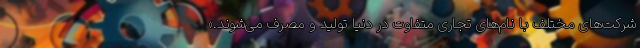
شرکت‌های مختلف با نام‌های تجاری متفاوت در دنیا تولید و مصرف می‌شوند.»